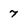
Character: 7